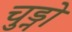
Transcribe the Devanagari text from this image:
चुड्नो